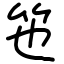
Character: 竾